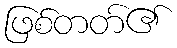
ဖြစ်တတ်၏